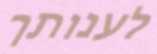
לענותך